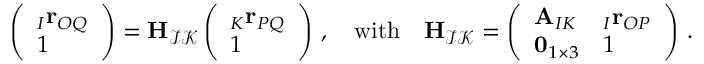
\left( \begin{array} { l } { _ { I } \mathbf r _ { O Q } } \\ { 1 } \end{array} \right) = \mathbf H _ { \mathcal { I } \mathcal { K } } \left( \begin{array} { l } { _ { K } \mathbf r _ { P Q } } \\ { 1 } \end{array} \right) \, , \quad \mathrm { w i t h } \quad \mathbf H _ { \mathcal { I } \mathcal { K } } = \left( \begin{array} { l l } { \mathbf A _ { I K } } & { _ { I } \mathbf r _ { O P } } \\ { \mathbf { 0 } _ { 1 \times 3 } } & { 1 } \end{array} \right) \, .